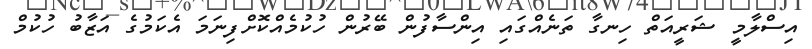
އިސްލާމީ ޝަރީއަތް ހިނގާ ތަނެއްގައި އިންސާފުން ބޭރުން ހުކުމެއްކޮށްފިނަމަ އެކަމުގެ އަޒާބު ހުކުމް